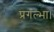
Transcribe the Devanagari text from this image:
प्रगल्भा।